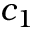
c _ { 1 }